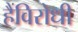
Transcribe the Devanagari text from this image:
हैंविरोधी